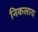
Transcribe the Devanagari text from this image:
निकलाय